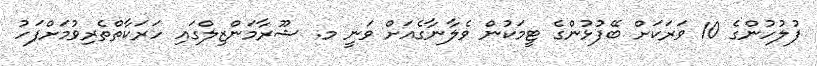
ފުލުހުންގެ 10 ވަރަކަށް ބޭފުޅުންގެ ޓީމަކުން ވެލާނާގެއަށް ވަނީ މ. ޝޫރާމަންޒިލްގައި ހަރަކާތްތެެރިވުމަށްފަހު